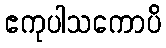
ဧကုပါသကောပိ